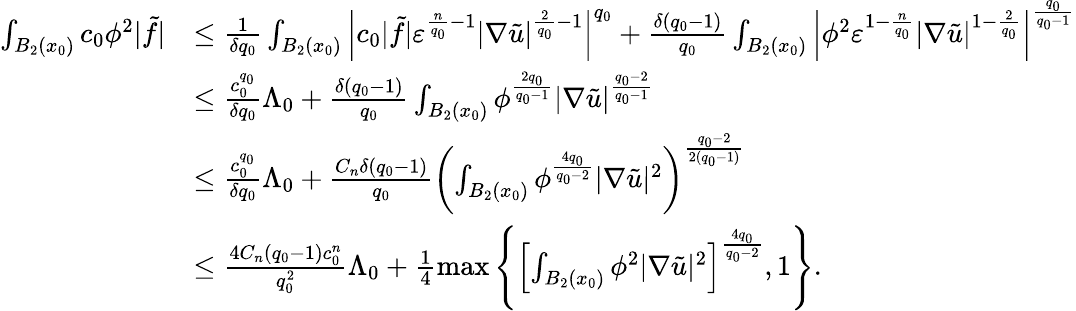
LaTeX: \begin{array}{rl}{\int_{B_{2}(x_{0})}c_{0}\phi^{2}|\tilde{f}|}&{\leq\frac{1}{\delta q_{0}}\int_{B_{2}(x_{0})}\left|c_{0}|\tilde{f}|\varepsilon^{\frac{n}{q_{0}}-1}|\nabla\tilde{u}|^{\frac{2}{q_{0}}-1}\right|^{q_{0}}+\frac{\delta(q_{0}-1)}{q_{0}}\int_{B_{2}(x_{0})}\left|\phi^{2}\varepsilon^{1-\frac{n}{q_{0}}}|\nabla\tilde{u}|^{1-\frac{2}{q_{0}}}\right|^{\frac{q_{0}}{q_{0}-1}}}\\ &{\leq\frac{c_{0}^{q_{0}}}{\delta q_{0}}\Lambda_{0}+\frac{\delta(q_{0}-1)}{q_{0}}\int_{B_{2}(x_{0})}\phi^{\frac{2q_{0}}{q_{0}-1}}|\nabla\tilde{u}|^{\frac{q_{0}-2}{q_{0}-1}}}\\ &{\leq\frac{c_{0}^{q_{0}}}{\delta q_{0}}\Lambda_{0}+\frac{C_{n}\delta(q_{0}-1)}{q_{0}}\left(\int_{B_{2}(x_{0})}\phi^{\frac{4q_{0}}{q_{0}-2}}|\nabla\tilde{u}|^{2}\right)^{\frac{q_{0}-2}{2(q_{0}-1)}}}\\ &{\leq\frac{4C_{n}(q_{0}-1)c_{0}^{n}}{q_{0}^{2}}\Lambda_{0}+\frac{1}{4}\operatorname*{max}\left\{ \left[\int_{B_{2}(x_{0})}\phi^{2}|\nabla\tilde{u}|^{2}\right]^{\frac{4q_{0}}{q_{0}-2}},1\right\} .}\end{array}